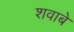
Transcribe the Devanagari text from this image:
शवाबे